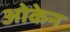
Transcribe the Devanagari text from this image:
ओकेन